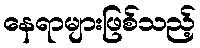
နေရာများဖြစ်သည့်